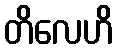
တိလေဟိ